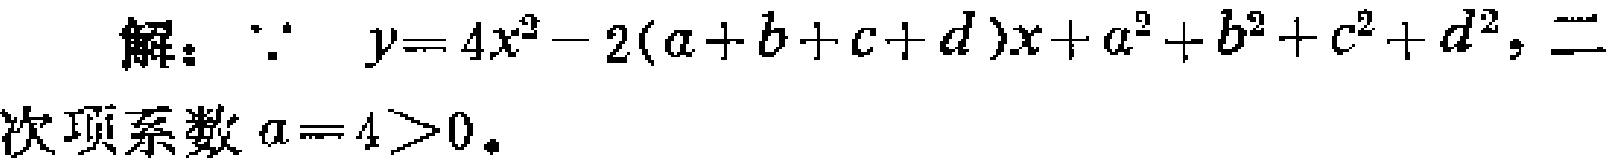
解：$\because y = 4x^{2}-2(a + b + c + d)x + a^{2}+b^{2}+c^{2}+d^{2}$，二次项系数$a = 4>0$.